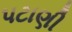
પટાણી